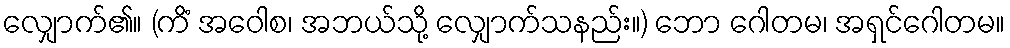
လျှောက်၏။ (ကိံ အဝေါစ၊ အဘယ်သို့ လျှောက်သနည်း။) ဘော ဂေါတမ၊ အရှင်ဂေါတမ။